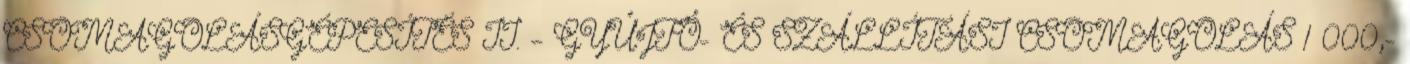
CSOMAGOLÁSGÉPESÍTÉS II. – GYŰJTŐ- ÉS SZÁLLÍTÁSI CSOMAGOLÁS 1 000,-